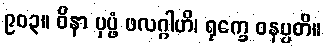
၉၀၃။ ဝိနာ ပုပ္ဖံ ဖလဂ္ဂါဟိ၊ ရုက္ခေ ဝနပ္ပတိ။